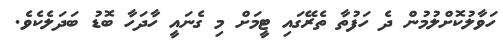
ހަވާލުކޮށްލުމުން ދެ ހަފުތާ ތެރޭގައި ޓީމަށް މި ގެނައީ ހާދަހާ ބޮޑު ބަދަލެކެވެ.